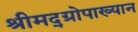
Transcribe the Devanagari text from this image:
श्रीमद्‌ग्रोपाख्यान